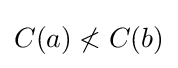
C(a)\nless C(b)